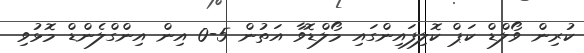
ކުރިން ވޯލްޑް ކަޕް ކޮލިފައިންގައި މޯލްޑޮވާ އަތުން 5-0 އިން އިންގްލެންޑް މޮޅުވި